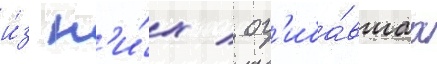
и́з н'и́х / ог'иба́вшаа